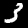
Digit: 3